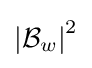
{\left\vert {\mathcal {B}}_{w}\right\vert }^{2}